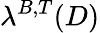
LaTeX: \lambda^{B,T}(D)